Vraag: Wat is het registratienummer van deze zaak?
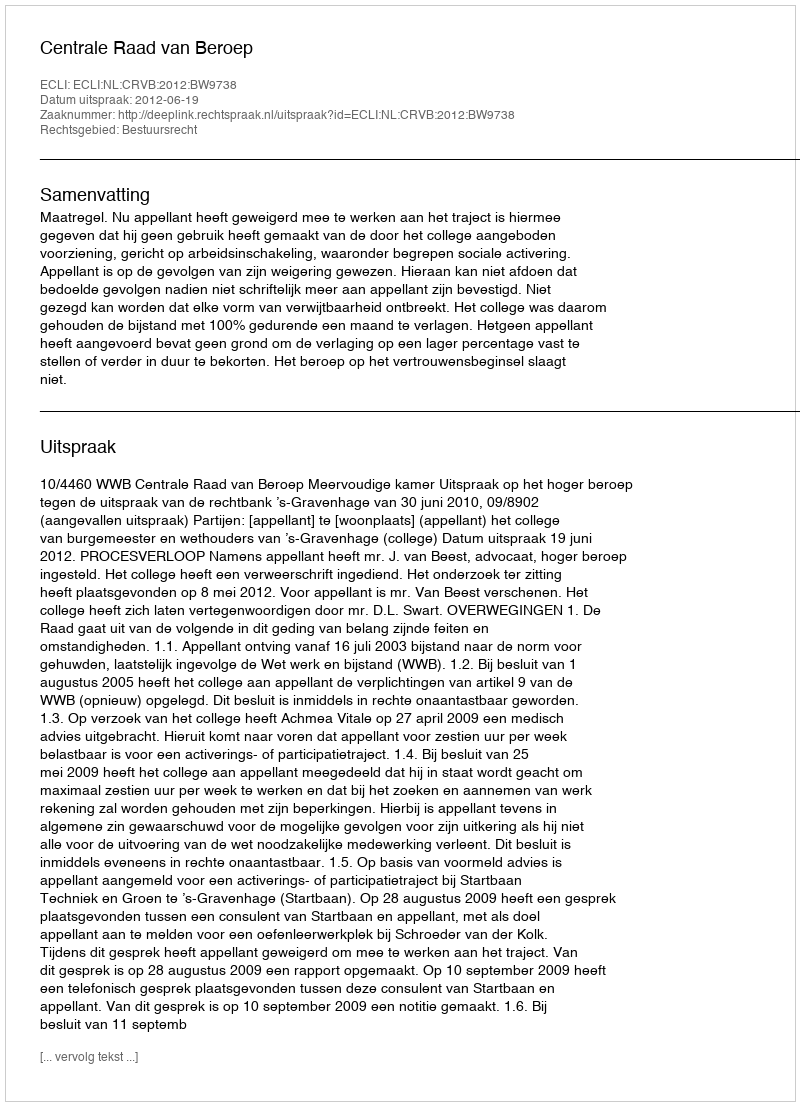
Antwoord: http://deeplink.rechtspraak.nl/uitspraak?id=ECLI:NL:CRVB:2012:BW9738